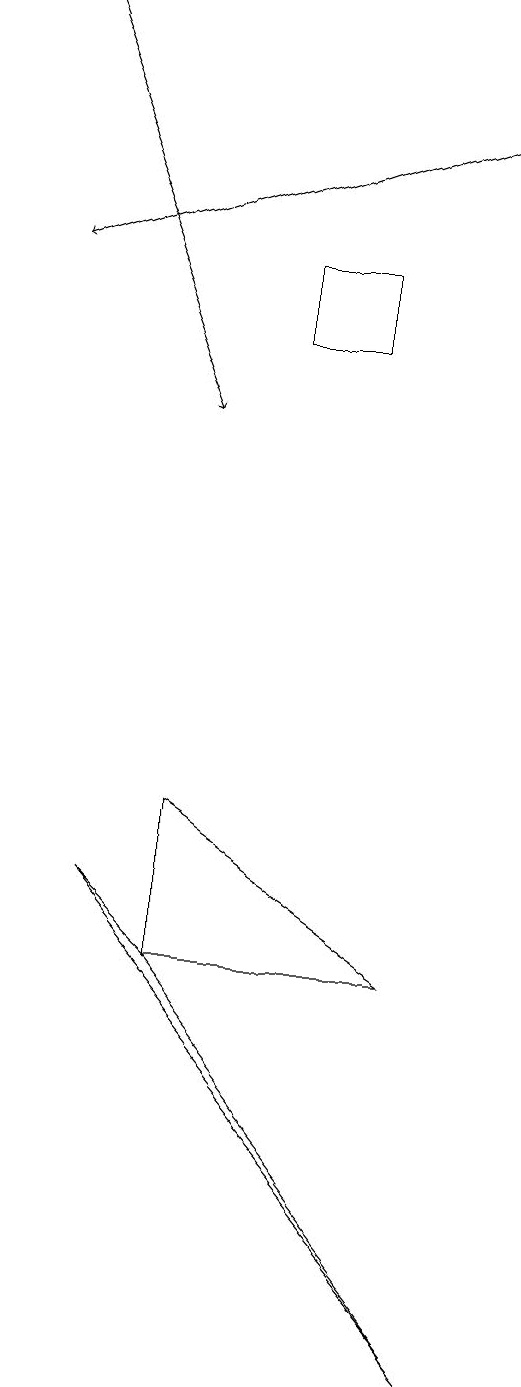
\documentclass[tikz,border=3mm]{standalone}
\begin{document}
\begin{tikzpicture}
\draw (3,8) -- (6,6) -- (3,6) -- cycle;
\draw (4,15) rectangle (5,14);
\draw[->] (7,17) -- (1,15);
\draw (2,7) -- (7,1) -- (3,6) -- cycle;
\draw[->] (1,18) -- (3,13);
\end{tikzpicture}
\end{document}